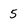
Character: 5